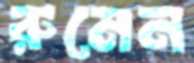
রুমেন